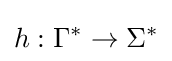
h:\Gamma ^{*}\to \Sigma ^{*}